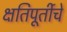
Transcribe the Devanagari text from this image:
क्षतिपूर्तीचे